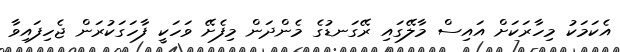
އެކަމަކު މިހާރަކަށް އައިސް މާލޭގައި ރޭގަނޑުގެ މެންދަން މިފެށޭ ވަހަކީ ފާހަގަކުރަން ޖެހިފައިވާ